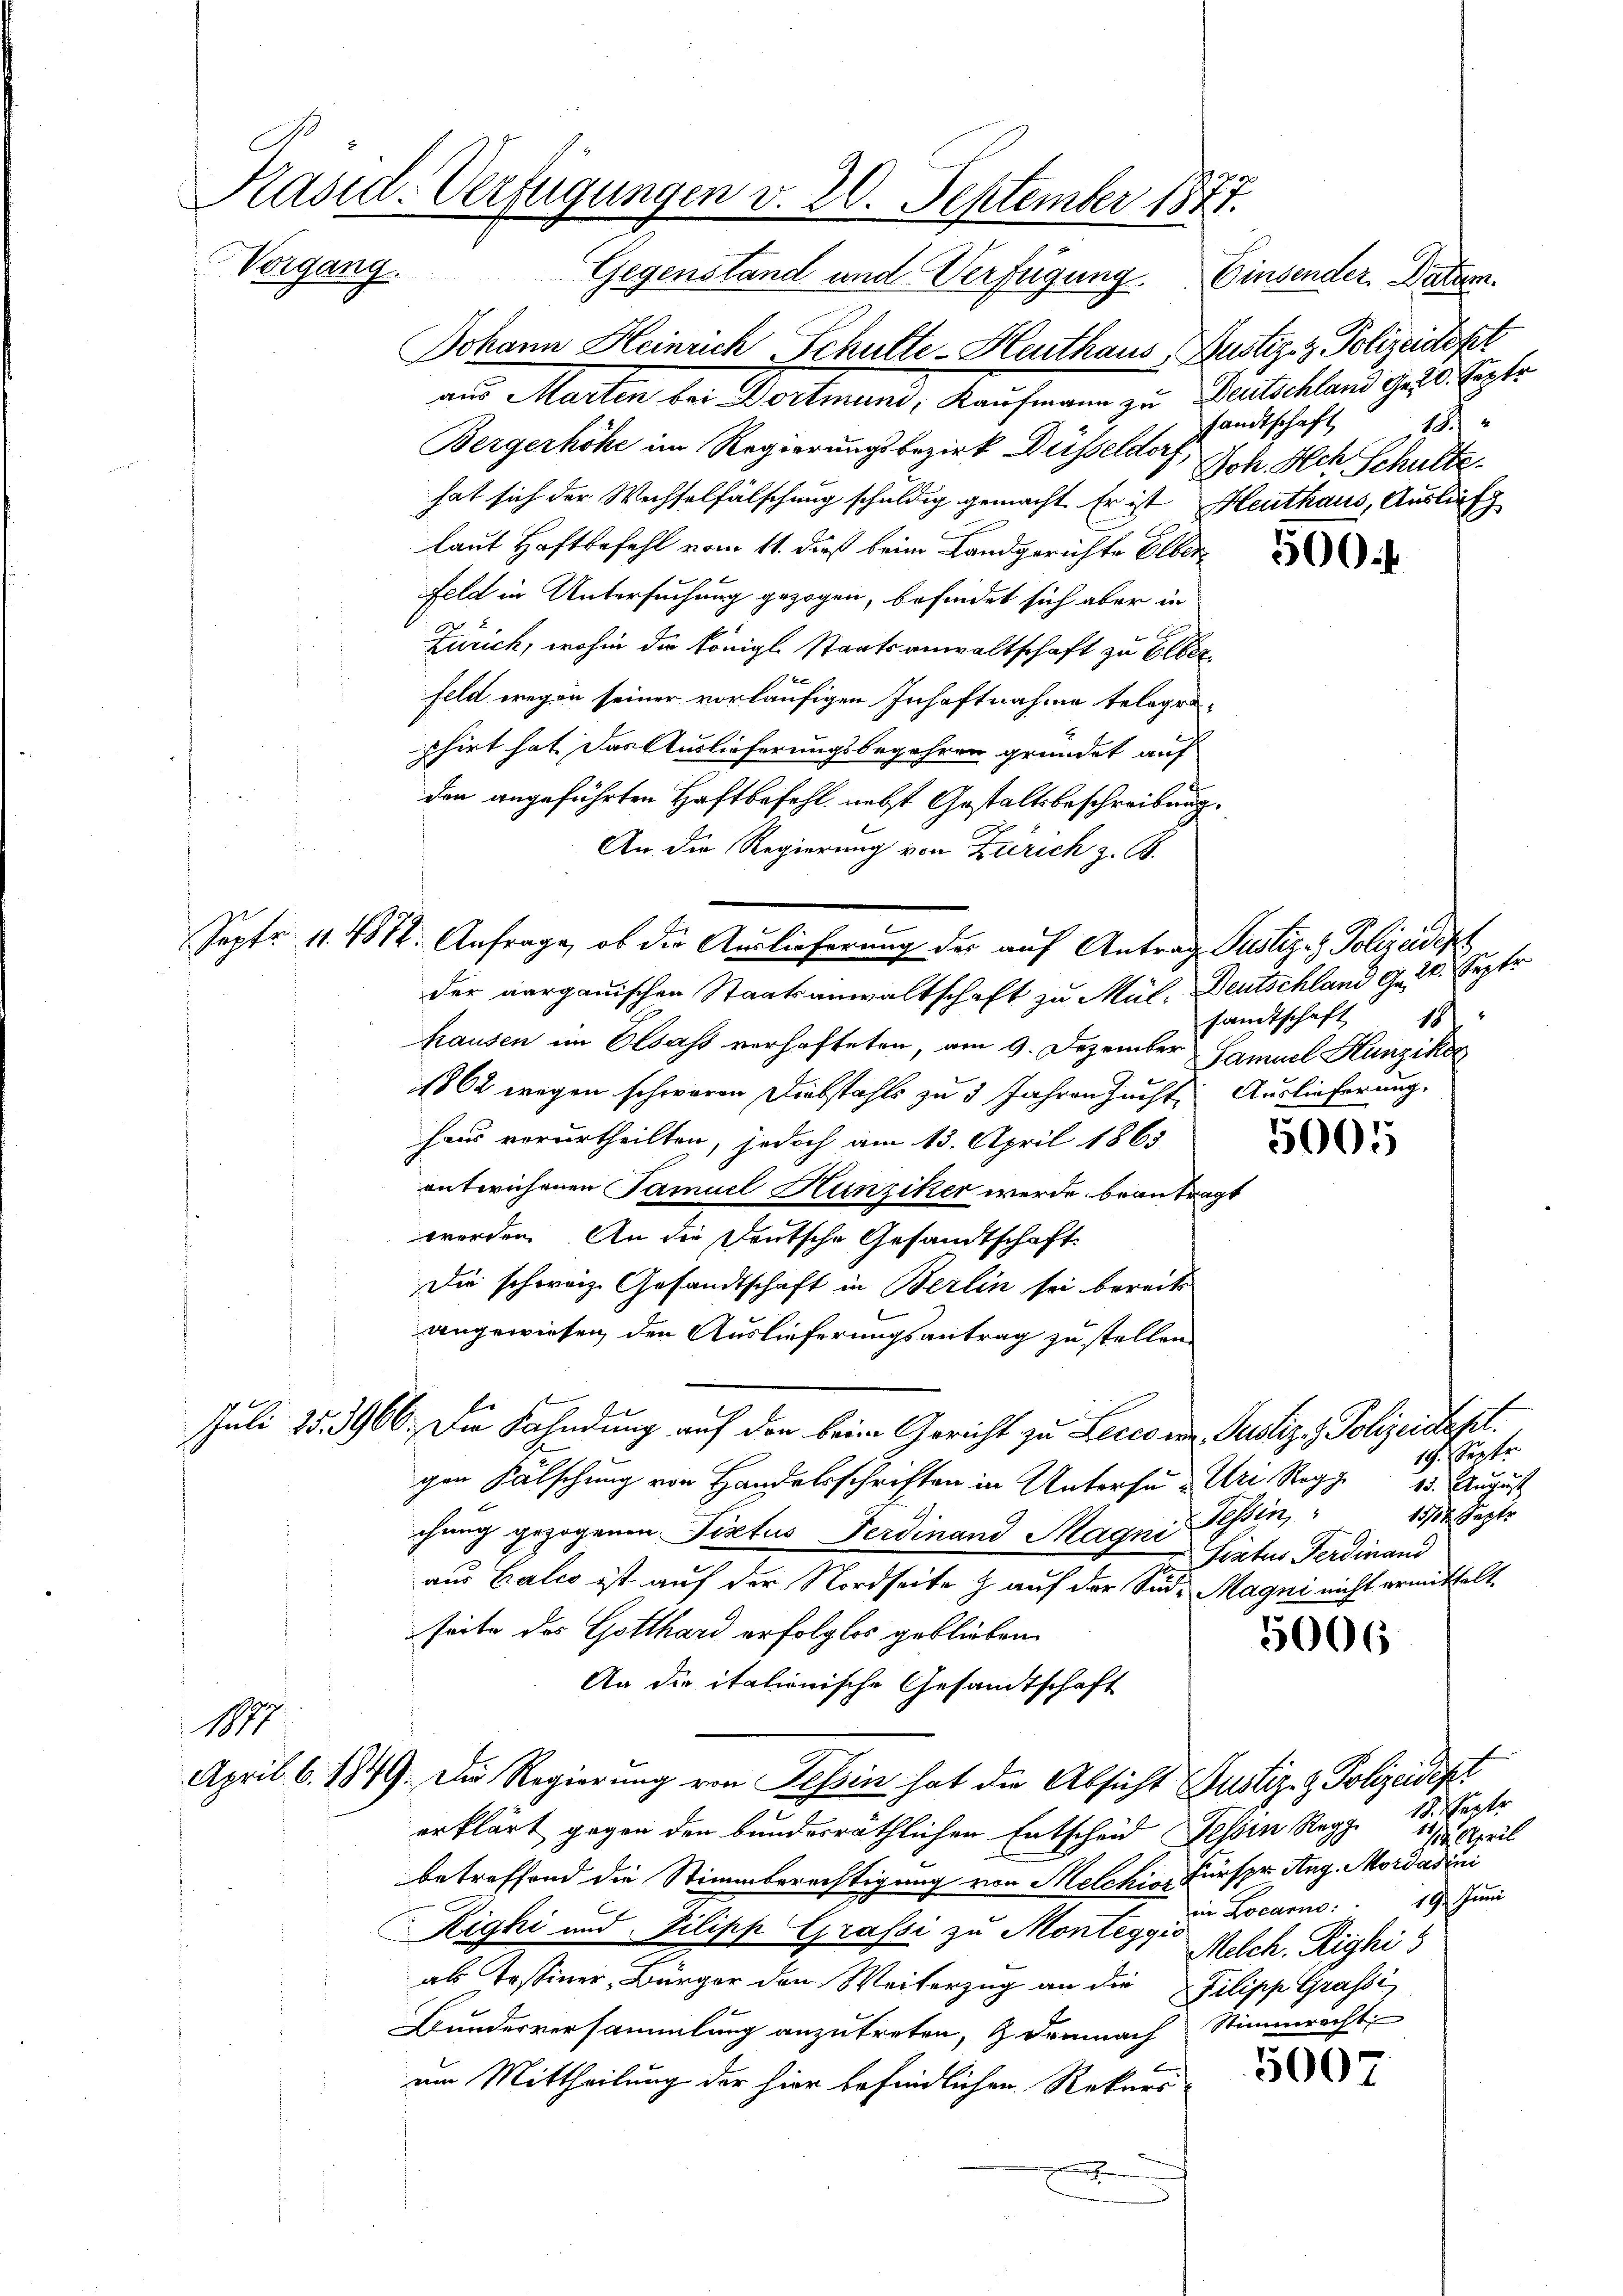
Pasid-Verfügungen v. 20. September 1877.
Vorgang.
Gegenstand und Verfügung.
Einsender Datum.

17

Johann Heinrich Schulte - Heuthaus, Justiz- & Polizeidest
aus Marten bei Dortmund, Kaufmann zu Deutschland Ge 20. Septe
Bergerhöhe im Regierungsbezirk Düsseldorf, ich Ach Schultehat sich der Wechselfälschung schuldig gemacht. Er ist Heuthaus, Auslafz
laut Haftbefehl vom 11. daß beim Landgerichte Elber
Feld in Untersuchung gezogen, befindet sich aber in
Zürich, wohin die Königl. Staatsanwaltschaft zu Elber
feld wegen seiner vorläufigen Inhaftnahme telegraphirt hat. Das Auslieferungsbegehren gründet auf
den angeführten Haftbefehl nebst Gestaltsbeschreibung.
An die Regierung von Zürich z. B.
der aargauischen Staatsanwaltschaft zu Mül, Deutschland Gelt. Septe
hausen im Elsass verhafteten, am 9. Dezember Samuel Hunziko
1862 wegen schweren Diebstahls zu 3 Jahrenzuchte Auslieferung.
haus verurtheilten, jedoch am 13. April 1863
ontrichenen Samuel Hunziker werde beantragt
worden. An die Deutsche Gesandtschaft
Die schweiz. Gesandtschaft in Berlin sei bereits
angewiesen den Auslieferungsantrag zu stellen.
Juli 25. 3966. Die Fahndung auf den beim Gericht zu Lecco in Justiz- & Polizeident.
19. Septe
gen Fälschung von Handelsschriften in Untersu & Uri Regg 13. August
2
15/12 Septe
chung gezogenen Pistus Ferdinand Magni Tessin,
Tractus Ferdinand
aus Balco ist auf der Nordseite z. auf der Süd- Magni nicht ermittelt
seite des Gotthard erfolglos geblieben.
5006
An die italienische Gesandtschaft
April 6. 1849. Die Regierung von Tessin hat die Absicht Justiz- & Polizeidept
erklärt gegen den bundesräthlichen Entscheid Tessin Regg. 18. Septe
111. April
betreffend die Stimmberechtigung von Melchio, Fürspr. Aug. Mordadini
Righi und Pilipp Grafsi zu Montag u. Locarno. 19 Juni
Melch. Righi
als Tessiner, Bürger den Weiterzug an die Filipp Grafsi
Bunderversammlung anzutreten, & demnach Stimmrecht
5007
am Mittheilung der hier befindlichen Rekurs
h

Sept. 11. 1812. Anfrage, ob die Auslieferung der auf Antrag Justiz- & Polizeidek

sandtschaft 18

samtschaft 19

5005